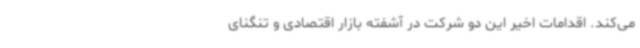
می‌کند. اقدامات اخیر این دو شرکت در آشفته بازار اقتصادی و تنگنای